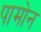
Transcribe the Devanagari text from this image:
पामोन